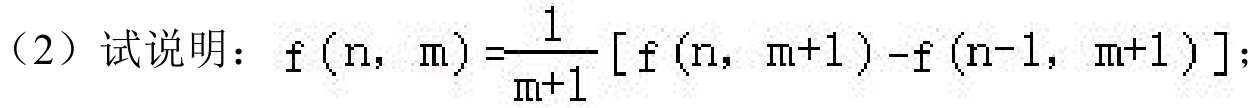
（2）试说明：\(f(n,m)=\frac{1}{m + 1}[f(n,m + 1)-f(n - 1,m + 1)]\)；